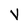
Character: V